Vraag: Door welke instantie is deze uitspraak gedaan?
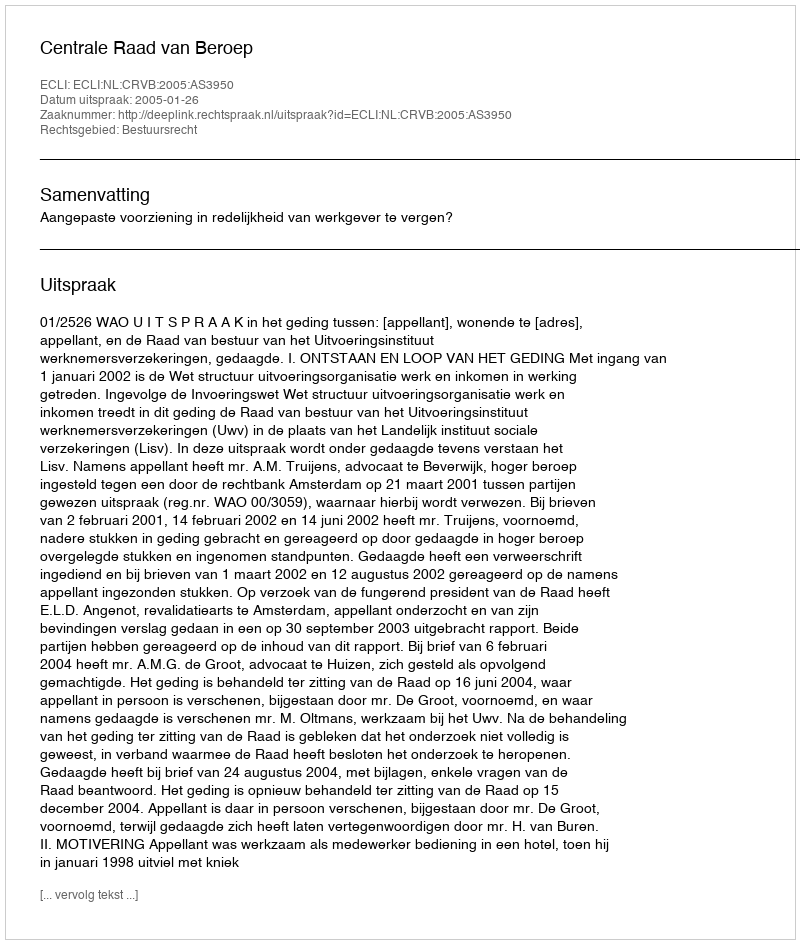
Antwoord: Centrale Raad van Beroep